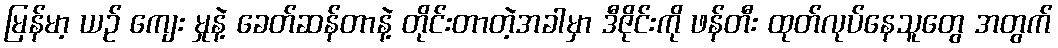
မြန်မာ့ ယဉ် ကျေး မှုနဲ့ ခေတ်ဆန်တာနဲ့ တိုင်းတာတဲ့အခါမှာ ဒီဇိုင်းကို ဖန်တီး ထုတ်လုပ်နေသူတွေ အတွက်